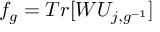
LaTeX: f _ { g } = T r [ W U _ { j , g ^ { - 1 } } ]